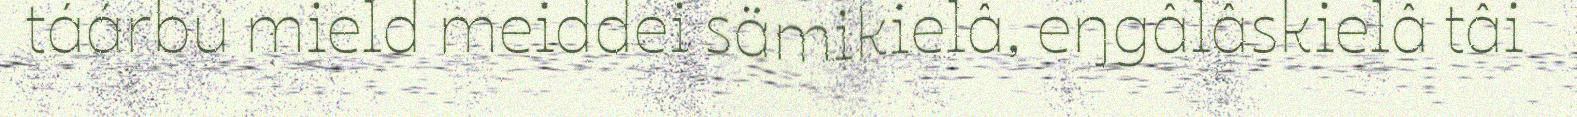
táárbu mield meiddei sämikielâ, eŋgâlâskielâ tâi